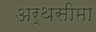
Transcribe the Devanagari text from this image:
अर्थसीमा